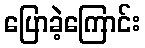
ပြောခဲ့ကြောင်း